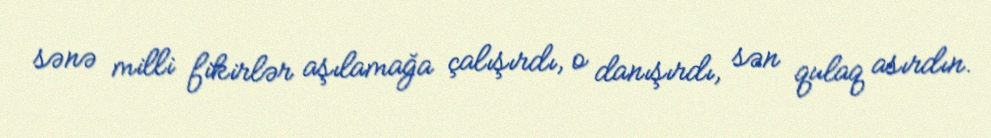
sənə milli fikirlər aşılamağa çalışırdı, o danışırdı, sən qulaq asırdın.